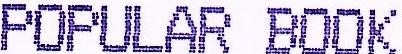
POPULAR BOOK